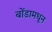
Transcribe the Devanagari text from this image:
बोंडामधून